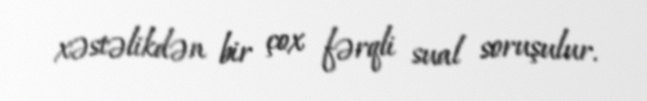
xəstəlikdən bir çox fərqli sual soruşulur.